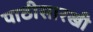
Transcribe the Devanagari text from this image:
पाठीसारखी